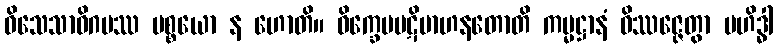
ဝိသေသာဓိဂမဿ ပစ္စယော န ဟောတိ။ ဝိက္ခေပပဋိဗာဟနတောတိ ကမ္မဋ္ဌာနံ ဝိဿဇ္ဇေတွာ ဗဟိဒ္ဓါ